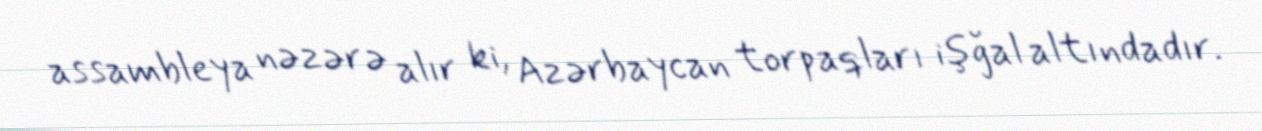
assambleya nəzərə alır ki, Azərbaycan torpaqları işğal altındadır.